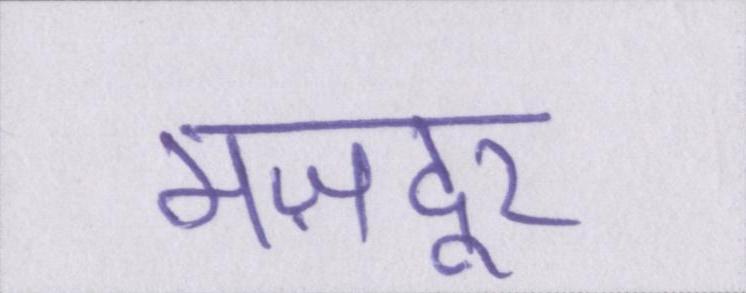
मज़दूर